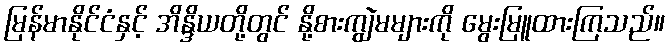
မြန်မာနိုင်ငံနှင့် အိန္ဒိယတို့တွင် နို့စားကျွဲမများကို မွေးမြူထားကြသည်။